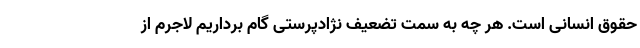
حقوق انسانی است. هر چه به سمت تضعیف نژادپرستی گام برداریم لاجرم از